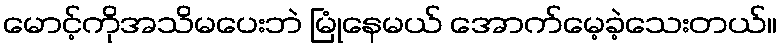
မောင့်ကိုအသိမပေးဘဲ မြုံနေမယ် အောက်မေ့ခဲ့သေးတယ်။